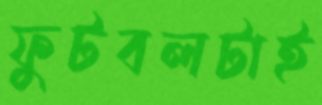
ফুটবলটাই